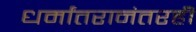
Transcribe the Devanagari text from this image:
धर्मांतरानंतरही